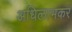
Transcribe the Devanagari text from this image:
अधिलाभकर